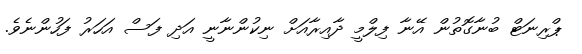
ޕްރިނަޓް ބުނާގޮތުން އޭނާ ފިލްމީ ދާއިރާއަށް ނިކުންނާނީ އަދި ފަސް އަހަރު ފަހުންނެވެ.